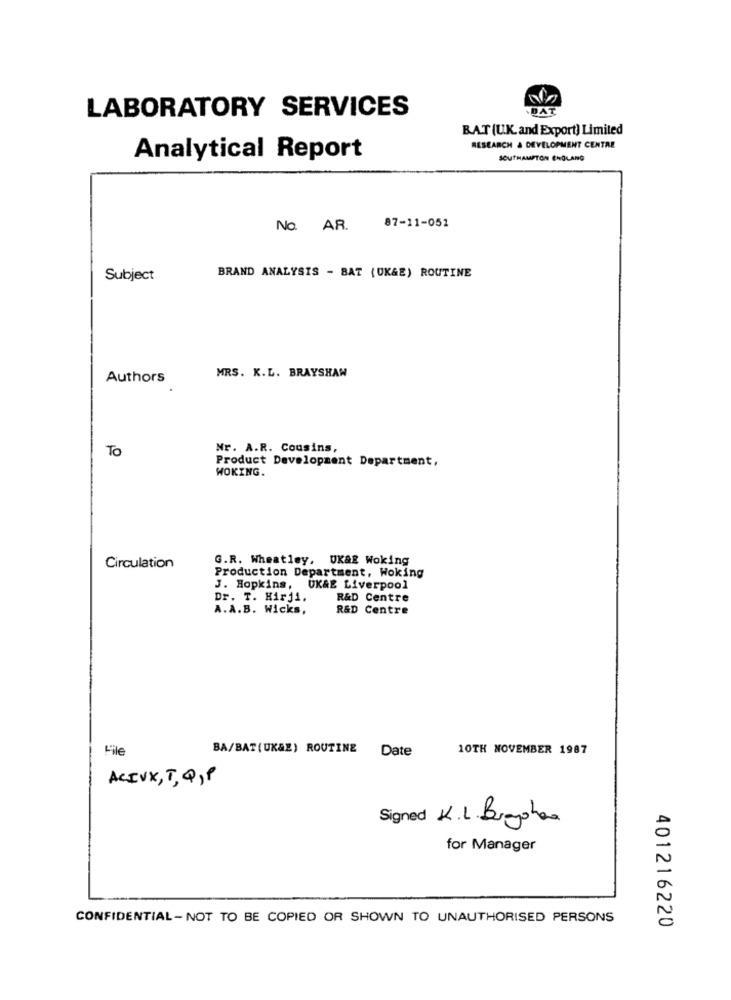
LABORATORY SERVICES
DAT
BAT (U.K. and Export) Limited
RESEARCH & DEVELOPMENT CENTRE
Analytical Report
SOUTHAMPTON CHOLANG
No. AR.
87-11-051
Subject
BRAND ANALYSIS - BAT (UK&E) ROUTINE
MRS. K.L. BRAYSHAW
Authors
To
Nr. A.R. Cousins,
Product Development Department,
WOKING.
G.R. Wheatley, UK&E Woking
Circulation
Production Department, Woking
J. Hopkins, UK&E Liverpool
Dr. T. Hirji.
R&D Centre
A.A.B. Wicks,
R&D Centre
File
10TH NOVEMBER 1987
BA/BAT(UK&E) ROUTINE Date
ACIVX,T,Q,P
Signed K.L. Bugohan
for Manager
CONFIDENTIAL- NOT TO BE COPIED OR SHOWN TO UNAUTHORISED PERSONS
401216220